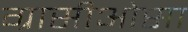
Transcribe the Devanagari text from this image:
ग्रासीओसा